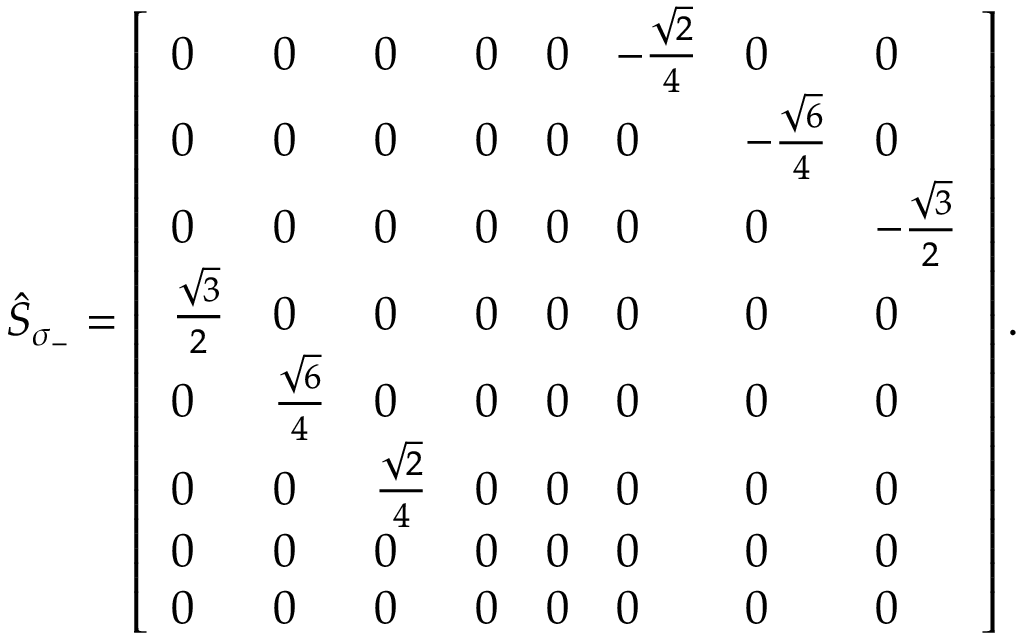
\begin{array} { r } { \hat { S } _ { \sigma _ { - } } = \left[ \begin{array} { l l l l l l l l } { 0 } & { 0 } & { 0 } & { 0 } & { 0 } & { - \frac { \sqrt { 2 } } { 4 } } & { 0 } & { 0 } \\ { 0 } & { 0 } & { 0 } & { 0 } & { 0 } & { 0 } & { - \frac { \sqrt { 6 } } { 4 } } & { 0 } \\ { 0 } & { 0 } & { 0 } & { 0 } & { 0 } & { 0 } & { 0 } & { - \frac { \sqrt { 3 } } { 2 } } \\ { \frac { \sqrt { 3 } } { 2 } } & { 0 } & { 0 } & { 0 } & { 0 } & { 0 } & { 0 } & { 0 } \\ { 0 } & { \frac { \sqrt { 6 } } { 4 } } & { 0 } & { 0 } & { 0 } & { 0 } & { 0 } & { 0 } \\ { 0 } & { 0 } & { \frac { \sqrt { 2 } } { 4 } } & { 0 } & { 0 } & { 0 } & { 0 } & { 0 } \\ { 0 } & { 0 } & { 0 } & { 0 } & { 0 } & { 0 } & { 0 } & { 0 } \\ { 0 } & { 0 } & { 0 } & { 0 } & { 0 } & { 0 } & { 0 } & { 0 } \end{array} \right] . } \end{array}